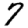
Digit: 7